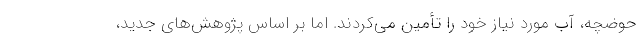
حوضچه، آب مورد نیاز خود را تأمین می‌کردند. اما بر اساس پژوهش‌های جدید،